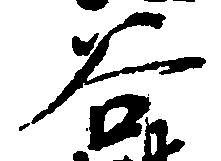
谷